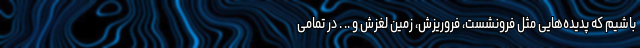
باشیم که پدیده‌هایی مثل فرونشست، فروریزش، زمین لغزش و .. . در تمامی